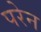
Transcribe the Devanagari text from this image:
परेन